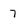
Character: 7